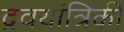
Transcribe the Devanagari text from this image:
द्रवयांत्रिकी